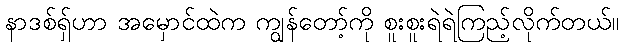
နာဒစ်ရှ်ဟာ အမှောင်ထဲက ကျွန်တော့်ကို စူးစူးရဲရဲကြည့်လိုက်တယ်။